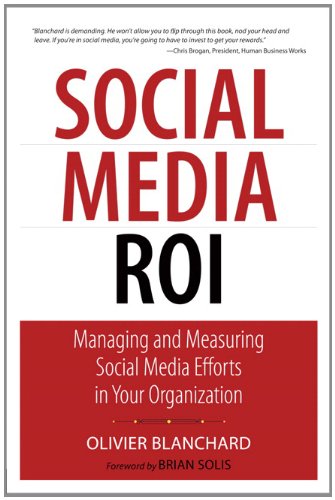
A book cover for Social Media ROI: Managing and Measuring Social Media Efforts in Your Organization (Que Biz-Tech); Olivier Blanchard; Computers & Technology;